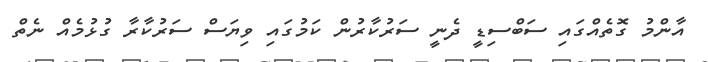
އާންމު ގޮތެއްގައި ސަބްސިޑީ ދެނީ ސަރުކާރުން ކަމުގައި ވިޔަސް ސަރުކާރާ ގުޅުމެއް ނެތް